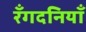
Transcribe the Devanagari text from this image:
रँगदनियाँ